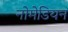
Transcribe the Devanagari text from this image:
नोमेडियन